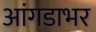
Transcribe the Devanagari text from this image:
आंगडाभर